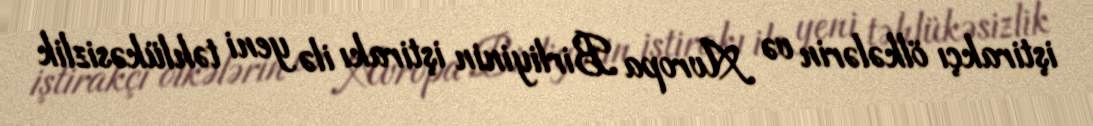
iştirakçı ölkələrin və Avropa Birliyinin iştirakı ilə yeni təhlükəsizlik